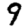
Digit: 9